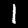
Label: 1